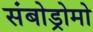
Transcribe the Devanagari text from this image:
संबोड्रोमो